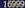
16999